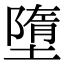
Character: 墮